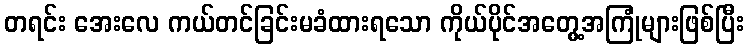
တရင်း အေးလေ ကယ်တင်ခြင်းမခံထားရသော ကိုယ်ပိုင်အတွေ့အကြုံများဖြစ်ပြီး